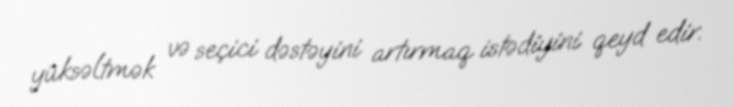
yüksəltmək və seçici dəstəyini artırmaq istədiyini qeyd edir.